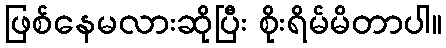
ဖြစ်နေမလားဆိုပြီး စိုးရိမ်မိတာပါ။